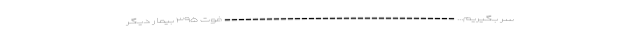
سر بگیریم... --------------------------------- فوت ۳۹۵ بیمار دیگر